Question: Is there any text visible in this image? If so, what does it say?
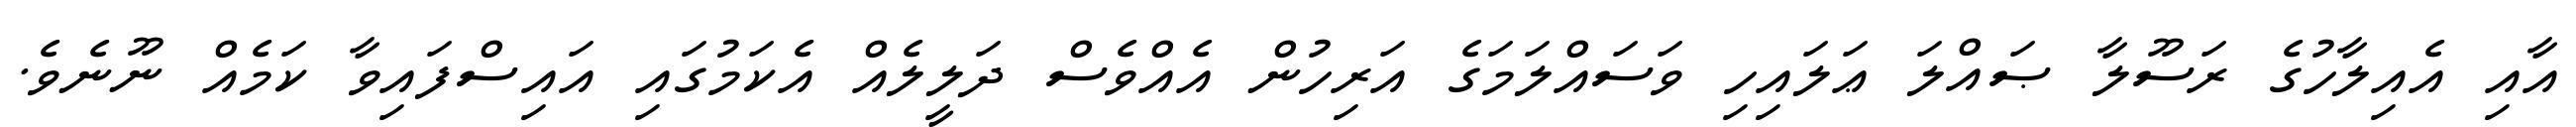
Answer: އާއި އެއިލާހުގެ ރަސޫލާ ޞައްލަ ޢަލައިހި ވަސައްލަމަގެ އަރިހުން އެއްވެސް ދަލީލެއް އެކަމުގައި އައިސްފައިވާ ކަމެއް ނޫނެވެ.